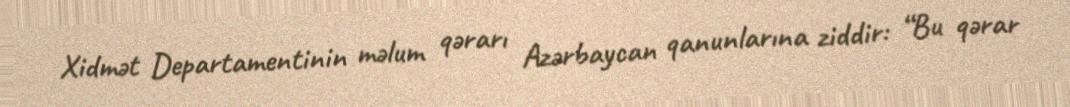
Xidmət Departamentinin məlum qərarı Azərbaycan qanunlarına ziddir: “Bu qərar